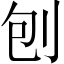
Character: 刨